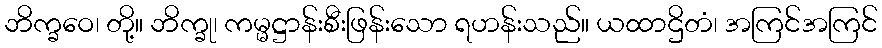
ဘိက္ခဝေ၊ တို့။ ဘိက္ခု၊ ကမ္မဋ္ဌာန်းစီးဖြန်းသော ရဟန်းသည်။ ယထာဌိတံ၊ အကြင်အကြင်